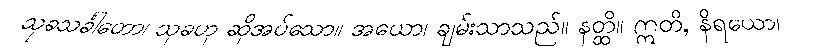
သုခသင်္ခါတော၊ သုခဟု ဆိုအပ်သော။ အယော၊ ချမ်းသာသည်။ နတ္ထိ။ ဣတိ, နိရယော၊